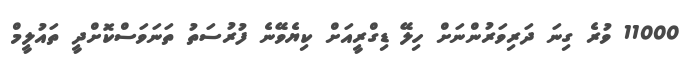
11000 ވުރެ ގިނަ ދަރިވަރުންނަށް ހިލޭ ޑިގްރީއަށް ކިޔެވޭނެ ފުރުސަތު ތަނަވަސްކޮށްދީ ތައުލީމް